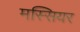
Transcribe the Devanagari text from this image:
मस्सियर